Indian journal of veterinary science and animal husbandry - Volume 5,
Year: 1935
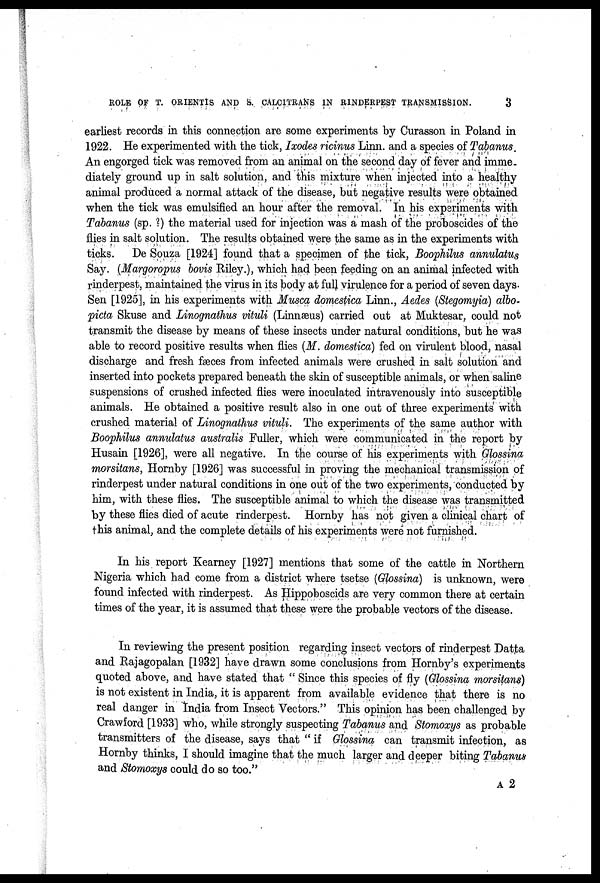
ROLE OF T. ORIENTIS AND S. CALCITRANS IN RINDERPEST TRANSMISSION.
3
earliest records in this connection are some experiments by Curasson in Poland in
1922. He experimented with the tick, Ixodes ricinus Linn. and a species of Tabanus.
An engorged tick was removed from an animal on the second day of fever and imme¬
diately ground up in salt solution, and this mixture when injected into a healthy
animal produced a normal attack of the disease, but negative results were obtained
when the tick was emulsified an hour after the removal. In his experiments with
Tabanus (sp. ?) the material used for injection was a mash of the proboscides of the
flies in salt solution. The results obtained were the same as in the experiments with
ticks.
De Souza [1924] found that a specimen of the tick, Boophilus annulatus
Say. (Margoropus bovis Riley.), which had been feeding on an animal infected with
rinderpest, maintained the virus in its body at full virulence for a period of seven days.
Sen [1925], in his experiments with Musca domestica Linn., Aedes (Stegomyia) albo¬
picta Skuse and Linognathus vituli (Linnæus) carried out at Muktesar, could not
transmit the disease by means of these insects under natural conditions, but he was
able to record positive results when flies (M. domestica) fed on virulent blood, nasal
discharge and fresh fæces from infected animals were crushed in salt solution and
inserted into pockets prepared beneath the skin of susceptible animals, or when saline
suspensions of crushed infected flies were inoculated intravenously into susceptible
animals. He obtained a positive result also in one out of three experiments with
crushed material of Linognathus vituli. The experiments of the same author with
Boophilus annulatus australis Fuller, which were communicated in the report by
Husain [1926], were all negative. In the course of his experiments with Glossina
morsitans, Hornby [1926] was successful in proving the mechanical transmission of
rinderpest under natural conditions in one out of the two experiments, conducted by
him, with these flies. The susceptible animal to which the disease was transmitted
by these flies died of acute rinderpest. Hornby has not given a clinical chart of
this animal, and the complete details of his experiments were not furnished.
In his report Kearney [1927] mentions that some of the cattle in Northern
Nigeria which had come from a district where tsetse (Glossina) is unknown, were
found infected with rinderpest. As Hippoboscids are very common there at certain
times of the year, it is assumed that these were the probable vectors of the disease.
In reviewing the present position regarding insect vectors of rinderpest Datta
and Rajagopalan [1932] have drawn some conclusions from Hornby's experiments
quoted above, and have stated that " Since this species of fly (Glossina morsitans)
is not existent in India, it is apparent from available evidence that there is no
real danger in India from Insect Vectors." This opinion has been challenged by
Crawford [1933] who, while strongly suspecting Tabanus and Stomoxys as probable
transmitters of the disease, says that " if Glossina can transmit infection, as
Hornby thinks, I should imagine that the much larger and deeper biting Tabanus
and Stomoxys could do so too."
A 2